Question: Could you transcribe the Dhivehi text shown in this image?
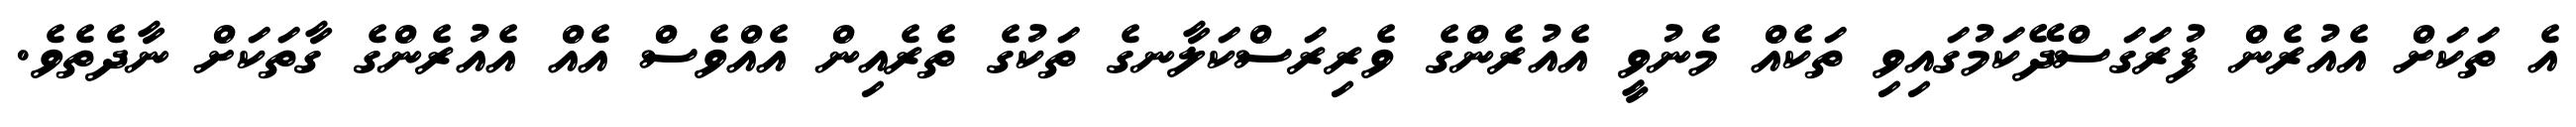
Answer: އެ ތަކަށް އެއުރެން ފުރަގަސްދޭކަމުގައިވި ތަކެއް މެނުވީ އެއުރެންގެ ވެރިރަސްކަލާނގެ ތަކުގެ ތެރެއިން އެއްވެސް އެއް އެއުރެންގެ ގާތަކަށް ނާދެތެވެ.